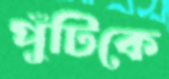
পুঁটিকে